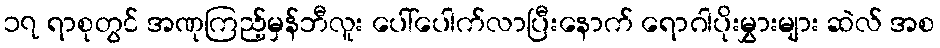
၁၇ ရာစုတွင် အဏုကြည့်မှန်ဘီလူး ပေါ်ပေါက်လာပြီးနောက် ရောဂါပိုးမွှားများ ဆဲလ် အစ